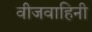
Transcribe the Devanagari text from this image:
वीजवाहिनी